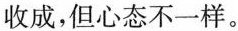
收成，但心态不一样。